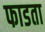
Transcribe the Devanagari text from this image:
फाडता